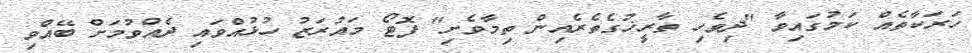
ހަރަކާތެއް ކަމުގައިވާ "ދިވެހި ތާރީޚުގެތެރެއިން ތިމާވެށި" ފޮޓޯ މައުރަޒު ހުޅުއްވައި ދެއްވުމަށް ބޭއްވި